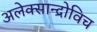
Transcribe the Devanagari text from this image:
अलेक्सान्द्रोविच